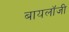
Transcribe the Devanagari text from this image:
बायलॉजी